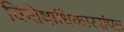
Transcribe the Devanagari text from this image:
विशेषाधिकारसंपन्न